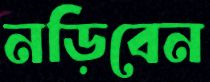
নড়িবেন